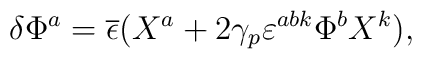
\delta \Phi^a= \overline \epsilon (X^a +2\gamma_p \varepsilon^{abk} \Phi^b X^k) ,